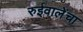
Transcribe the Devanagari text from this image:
रुईवालेंचा